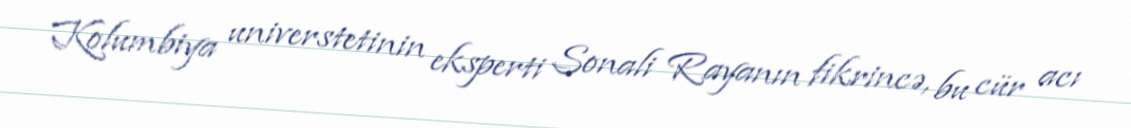
Kolumbiya universtetinin eksperti Sonali Rayanın fikrincə, bu cür acı